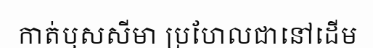
កាត់ឫសសីមា ប្រហែលជានៅដើម